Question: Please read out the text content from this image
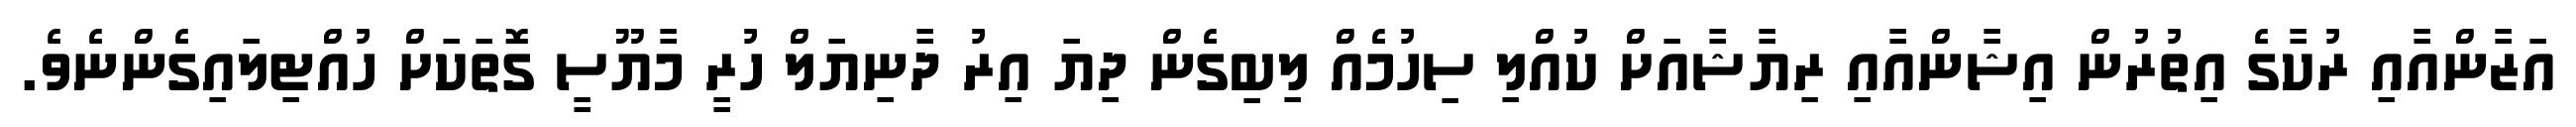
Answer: އަޒާންއާއި ރުކާގެ އިތުރުން އިޝާންއާއި ރިޔާޝާއަށް ކުއްލި ސިހުމެއް ލިބިގެން ދިޔަ އިރު ދާނިޔަލް ހުރީ މާޔޫސީ ގޮތަކަށް ހުއްޓިލައިގެންނެވެ.